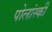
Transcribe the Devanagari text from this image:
पोलांस्की